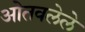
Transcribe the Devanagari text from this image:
ओतवलेले